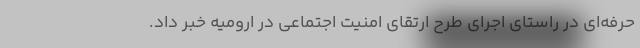
حرفه‌ای در راستای اجرای طرح ارتقای امنیت اجتماعی در ارومیه خبر داد.